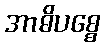
အာဓိပစ္စေ